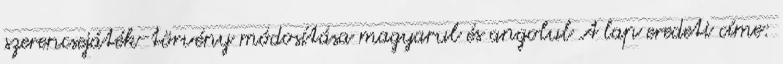
szerencsejáték-törvény módosítása magyarul és angolul A lap eredeti címe: